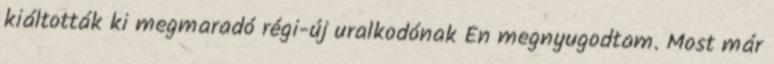
kiáltották ki megmaradó régi-új uralkodónak Én megnyugodtam. Most már